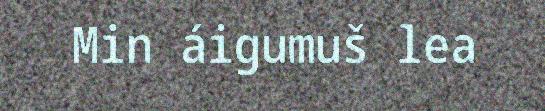
Min áigumuš lea